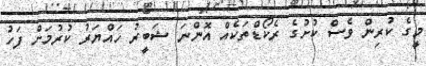
މީގެ ކުރިން ވެސް ކުށުގެ ރެކޯޑްތަކެއް އޮންނަ ޝަބީރު ހައްޔަރު ކުރުމަށް ފަހު